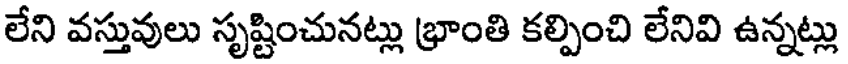
లేని వస్తువులు సృష్టించునట్లు భ్రాంతి కల్పించి లేనివి ఉన్నట్లు